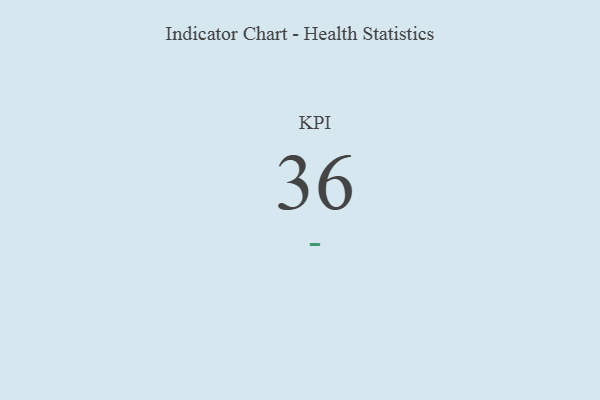
{"axis": {"x": "KPI", "y": "Value"}, "legend": [""], "data": [{"x": "KPI", "y": 36, "type": ""}]}